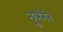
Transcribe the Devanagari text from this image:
तूलनेने